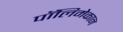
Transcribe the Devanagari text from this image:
पॉलिमेकान